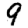
Digit: 9